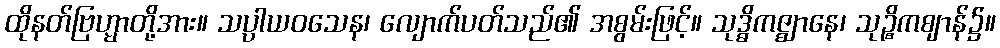
ထိုနတ်ဗြဟ္မာတို့အား။ သပ္ပာယဝသေန၊ လျောက်ပတ်သည်၏ အစွမ်းဖြင့်။ သုဒ္ဓိကဇ္ဈာနေ၊ သုဉ္စိကဈာန်၌။